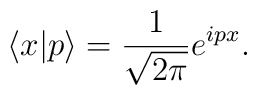
\langle x|p\rangle={1\over\sqrt{2\pi}}e^{ipx}.